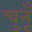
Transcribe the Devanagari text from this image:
चुनूँ